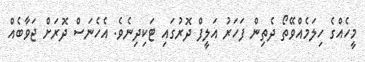
މީހެއްގެ ހިލަމެއްވޭތޯ ދެތިން ފަހަރު އަލީފް ދޮރުގައި ޓަކިދިނެވެ. އެހެނަސް ދޮރަށް ޖަވާބެއް